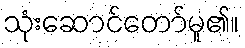
သုံးဆောင်တော်မူ၏။